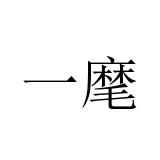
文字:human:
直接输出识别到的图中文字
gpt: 一麾